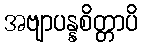
အဗျာပန္နစိတ္တာပိ